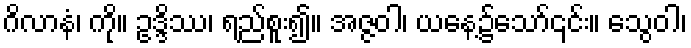
ဂိလာနံ၊ ကို။ ဥဒ္ဒိဿ၊ ရည်စူး၍။ အဇ္ဇဝါ၊ ယနေ့၌သော်၎င်း။ သွေဝါ၊